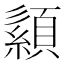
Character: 𦅨